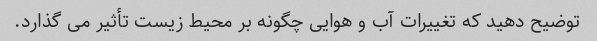
توضیح دهید که تغییرات آب و هوایی چگونه بر محیط زیست تأثیر می گذارد.